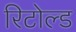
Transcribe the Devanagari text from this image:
रिटोल्ड